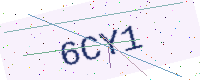
Text: 6CY1